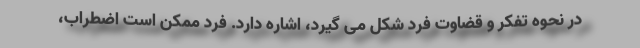
در نحوه تفکر و قضاوت فرد شکل می گیرد، اشاره دارد. فرد ممکن است اضطراب،